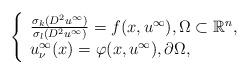
LaTeX: \begin{align*} \left\{ \begin{array}{l}\frac{\sigma _k (D^2 u^\infty)}{\sigma _l (D^2 u^\infty)} = f(x,u^\infty), \Omega \subset \mathbb{R}^n,\\u^\infty_\nu(x) = \varphi(x,u^\infty), \partial \Omega,\end{array} \right.\end{align*}